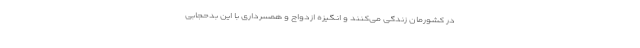
در کشورمان زندگی می‌کنند و انگیزه ازدواج و همسرداری با این بدحجابی